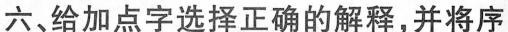
六、给加点字选择正确的解释，并将序